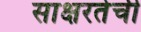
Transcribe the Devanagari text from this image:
साक्षरतेची